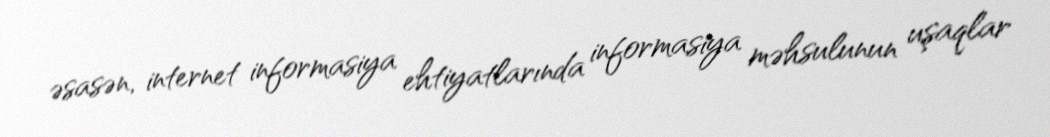
əsasən, internet informasiya ehtiyatlarında informasiya məhsulunun uşaqlar